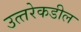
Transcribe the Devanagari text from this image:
उत्‍तरेकडील